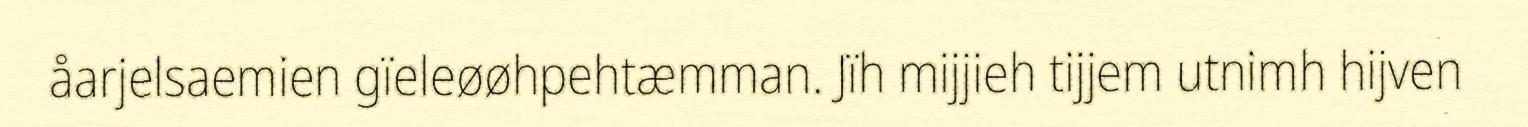
åarjelsaemien gïeleøøhpehtæmman. Jïh mijjieh tijjem utnimh hijven